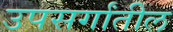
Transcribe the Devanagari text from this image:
उपसर्गांतील